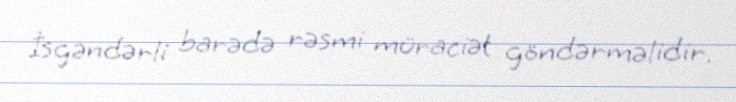
İsgəndərli barədə rəsmi müraciət göndərməlidir.